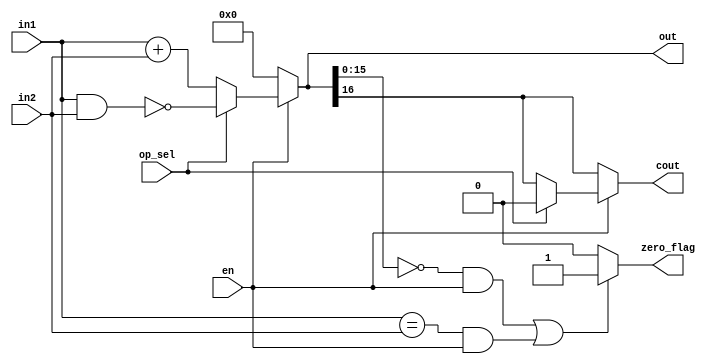
module alu_16(en,op_sel,in1,in2,out,zero_flag,cout);

//input cin;
input en,op_sel;//cin;
input [15:0] in1,in2;

output reg zero_flag,cout;
output [16:0] out;

reg [16:0] out1;

always@(*)
begin
if(en == 1'b0)
     begin       out1 <= 17'd0;
				     cout <= out[16];
	  end
else
    if(op_sel == 1'b0)
	    begin  
		        out1 <= in1 + in2 ;//+ {15'd0,cin};
				  cout <= out[16];			    		 end
	  else
	    begin
		        out1 <= ~(in1 & in2);
				  cout <= 1'b0;
	    end
		 
			
			
if((out1[15:0] == 16'd0 & en == 1'b1)||(in1==in2  && en==1'b1))
        zero_flag <= 1'b1;
else
        zero_flag <= 1'b0;
 end
 
 assign out = out1;
 
 
endmodule